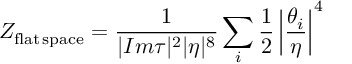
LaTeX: Z _ { \mathrm { f l a t \, s p a c e } } = { \frac { 1 } { | I m \tau | ^ { 2 } | \eta | ^ { 8 } } } \sum _ { i } { \frac { 1 } { 2 } } \left| { \frac { \theta _ { i } } { \eta } } \right| ^ { 4 }